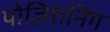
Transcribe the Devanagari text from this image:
पोज़िशनिंग